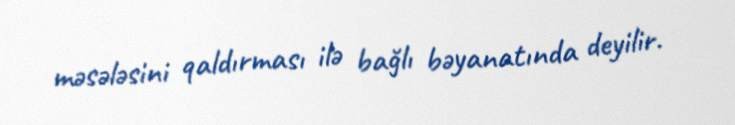
məsələsini qaldırması ilə bağlı bəyanatında deyilir.